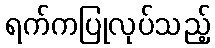
ရက်ကပြုလုပ်သည့်